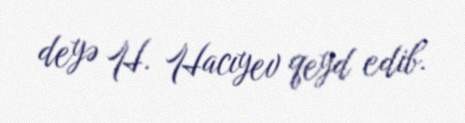
deyə H. Hacıyev qeyd edib.